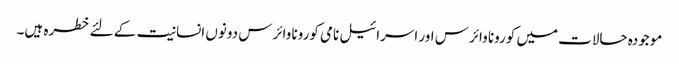
موجودہ حالات میں کورونا وائرس اور اسرائیل نامی کورونا وائرس دونوں انسانیت کے لئے خطرہ ہیں۔